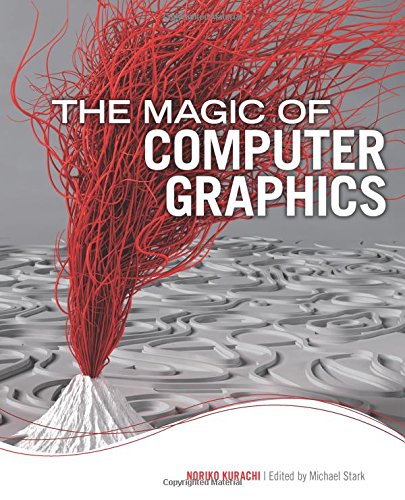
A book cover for The Magic of Computer Graphics; Noriko Kurachi; Computers & Technology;